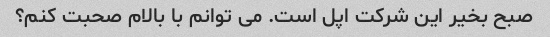
صبح بخیر این شرکت اپل است. می توانم با بالام صحبت کنم؟